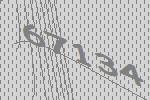
67134